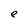
Character: e